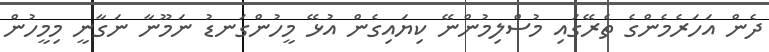
ދެން އަހަރެމެންގެ ތެރޭގައި މުސްލިމުންނޭ ކިޔައިގެން އުޅޭ މީހުންގަނޑު ނަމޫނާ ނަގާނީ މިމީހުން